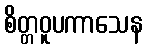
စိတ္တဝူပကာသေန